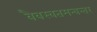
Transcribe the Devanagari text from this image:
वैवस्वतमन्वन्तर